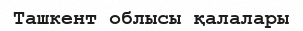
Ташкент облысы қалалары